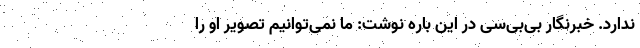
ندارد. خبرنگار بی‌بی‌سی در این باره نوشت: ما نمی‌توانیم تصویر او را